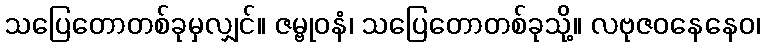
သပြေတောတစ်ခုမှလျှင်။ ဇမ္ဗုဝနံ၊ သပြေတောတစ်ခုသို့။ လဗုဇဝနေနေဝ၊